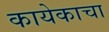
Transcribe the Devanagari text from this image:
कायेकाचा